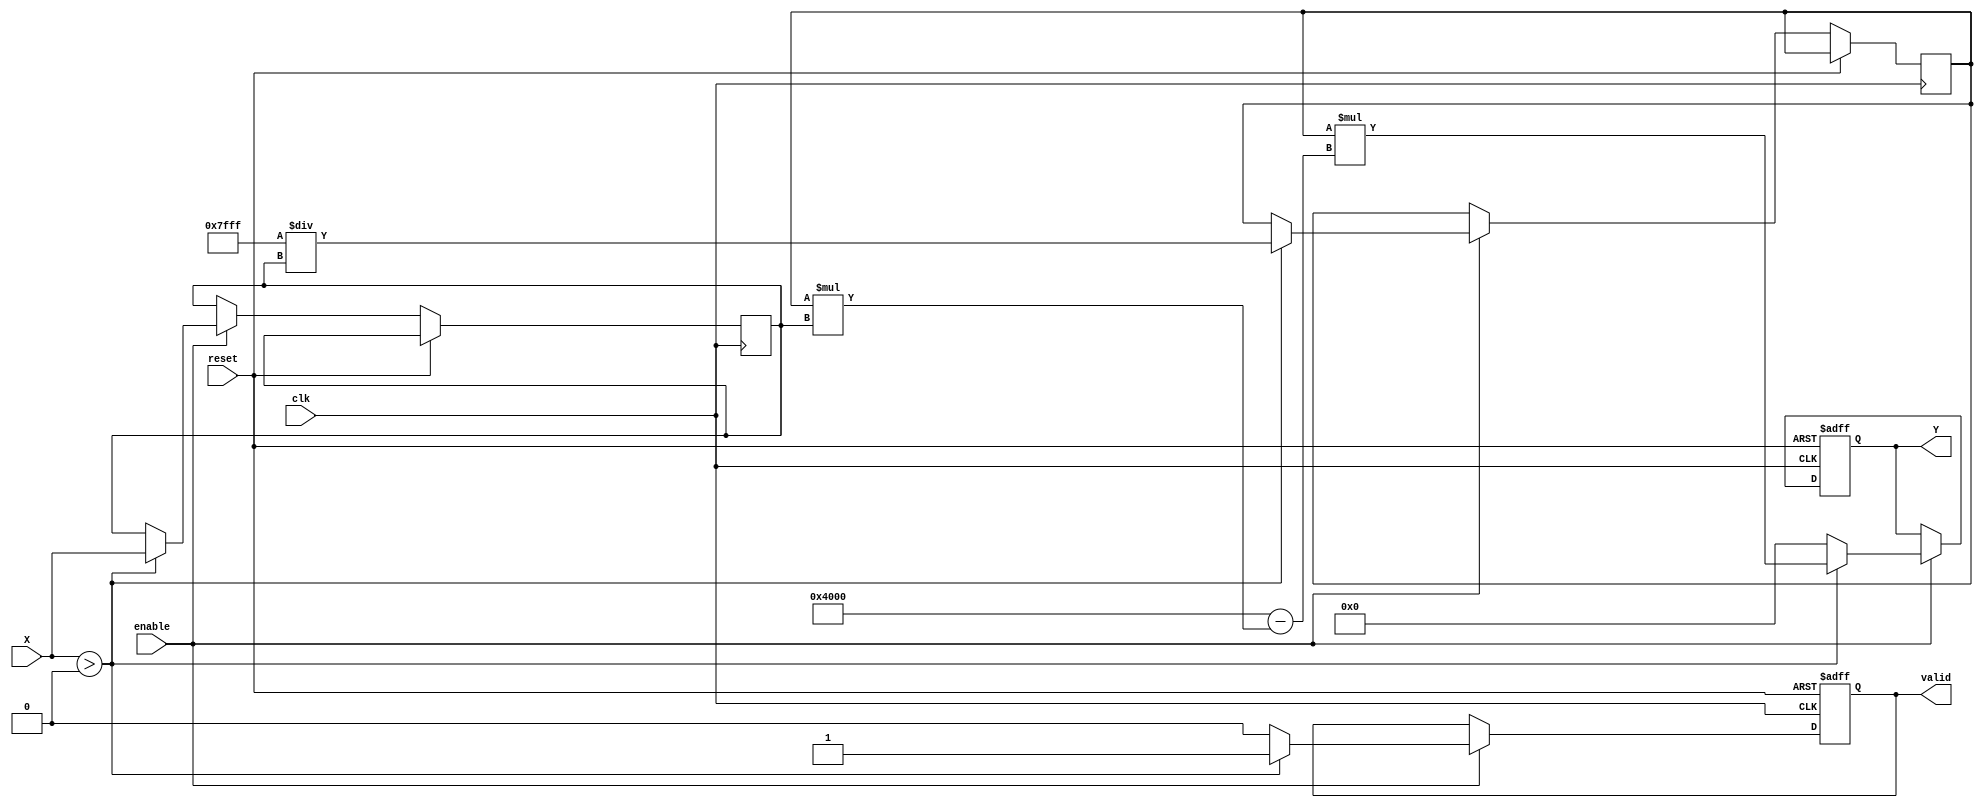
module approx_reciprocal (
    input wire clk,
    input wire reset,
    input wire enable,
    input wire [15:0] X,  // 16-bit fixed-point input
    output reg [15:0] Y,   // 16-bit fixed-point output
    output reg valid       // Output valid signal
);

    // Internal state variables
    reg [15:0] approx;
    reg [15:0] normalized_input;

    // Approximation parameters
    parameter APPROX_COEF_1 = 16'h7FFF; // Example coefficient for initial approximation
    parameter APPROX_COEF_2 = 16'h4000; // Example coefficient for correction

    // Input normalization (simple range check)
    always @(posedge clk or posedge reset) begin
        if (reset) begin
            valid <= 1'b0;
            Y <= 16'b0;
        end else if (enable) begin
            if (X > 0) begin
                // Normalize input if necessary (here we assume input is already in range)
                normalized_input <= X;

                // Initial approximation using a coefficient
                approx <= APPROX_COEF_1 / normalized_input;

                // Simple polynomial refinement
                Y <= approx * (APPROX_COEF_2 - (approx * normalized_input)); // Y = approx * (1 - approx * X)

                valid <= 1'b1; // Indicate valid output
            end else begin
                Y <= 16'b0; // Handle invalid input
                valid <= 1'b0;
            end
        end
    end

endmodule